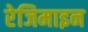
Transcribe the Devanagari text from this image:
रेजिमाइन